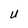
Character: U